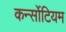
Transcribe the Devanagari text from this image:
कर्न्सोटियम